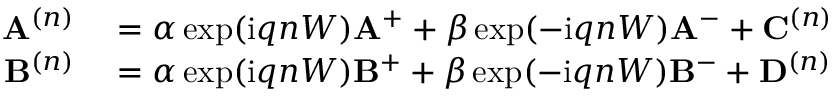
\begin{array} { r l } { \mathbf { A } ^ { ( n ) } } & { { } = \alpha \exp ( \mathrm { i } q n W ) \mathbf { A } ^ { + } + \beta \exp ( - \mathrm { i } q n W ) \mathbf { A } ^ { - } + \mathbf { C } ^ { ( n ) } } \\ { \mathbf { B } ^ { ( n ) } } & { { } = \alpha \exp ( \mathrm { i } q n W ) \mathbf { B } ^ { + } + \beta \exp ( - \mathrm { i } q n W ) \mathbf { B } ^ { - } + \mathbf { D } ^ { ( n ) } } \end{array}